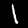
Digit: 1